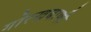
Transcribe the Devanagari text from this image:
गोरखबाणी